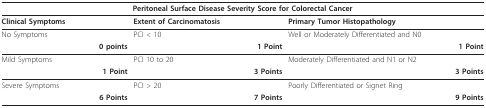
<table><thead><tr><td colspan="3"><b>Peritoneal Surface Disease Severity Score for Colorectal Cancer</b></td></tr></thead><tbody><tr><td><b>Clinical Symptoms</b></td><td><b>Extent of Carcinomatosis</b></td><td><b>Primary Tumor Histopathology</b></td></tr><tr><td>No Symptoms</td><td>PCI &lt; 10</td><td>Well or Moderately Differentiated and N0</td></tr><tr><td><b>0 points</b></td><td><b>1 Point</b></td><td><b>1 Point</b></td></tr><tr><td>Mild Symptoms</td><td>PCI 10 to 20</td><td>Moderately Differentiated and N1 or N2</td></tr><tr><td><b>1 Point</b></td><td><b>3 Points</b></td><td><b>3 Points</b></td></tr><tr><td>Severe Symptoms</td><td>PCI &gt; 20</td><td>Poorly Differentiated or Signet Ring</td></tr><tr><td><b>6 Points</b></td><td><b>7 Points</b></td><td><b>9 Points</b></td></tr></tbody></table>